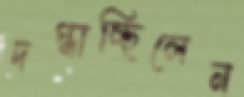
দগ্ধাচ্ছিলেন